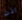
اذن